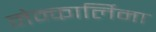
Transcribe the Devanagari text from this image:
मेन्कार्लिना